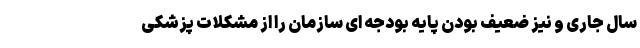
سال جاری و نیز ضعیف بودن پایه بودجه ای سازمان را از مشکلات پزشکی